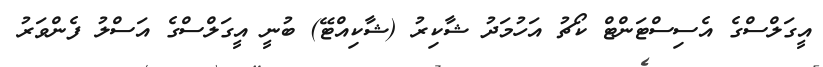
އީގަލްސްގެ އެސިސްޓަންޓް ކޯޗު އަހުމަދު ޝާކިރު (ޝާކިއްޓޭ) ބުނީ އީގަލްސްގެ އަސްލު ފެންވަރު